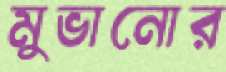
মুভানোর